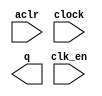
module lpm_counter_invis (
	aclr,
	clk_en,
	clock,
	q);

	input	  aclr;
	input	  clk_en;
	input	  clock;
	output	[13:0]  q;

endmodule